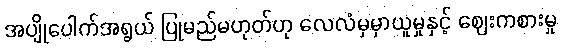
အပျိုပေါက်အရွယ် ပြုမည်မဟုတ်ဟု လေလံမှမှာယူမှုနှင့် ဈေးကစားမှု